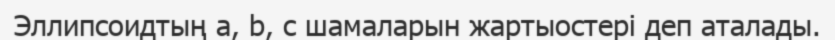
Эллипсоидтың a, b, c шамаларын жартыостері деп аталады.